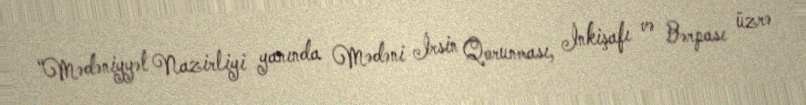
“Mədəniyyət Nazirliyi yanında Mədəni İrsin Qorunması, İnkişafı və Bərpası üzrə